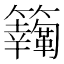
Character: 𩍸